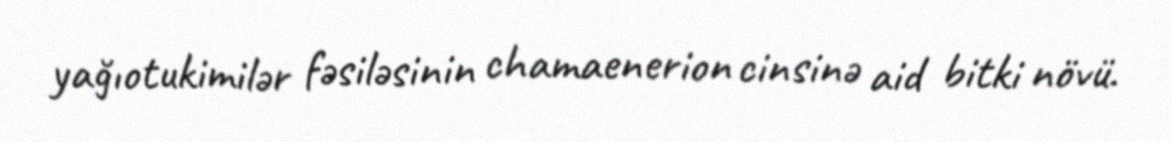
yağıotukimilər fəsiləsinin chamaenerion cinsinə aid bitki növü.